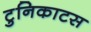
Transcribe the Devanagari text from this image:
टुनिकाटस